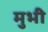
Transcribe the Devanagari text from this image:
मुभी